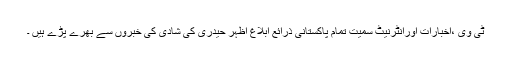
ٹی وی ،اخبارات اورانٹرنیٹ سمیت تمام پاکستانی ذرائع ابلاغ اظہر حیدری کی شادی کی خبروں سے بھرے پڑے ہیں ۔